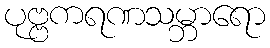
ပုဗ္ဗကရဏသမ္ဘာရော